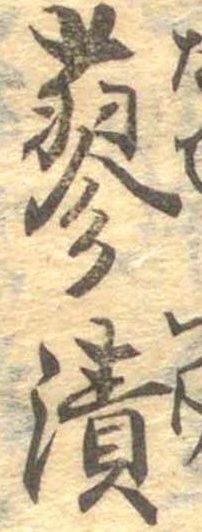
蓼漬